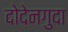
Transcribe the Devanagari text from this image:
दोदेनगुदा